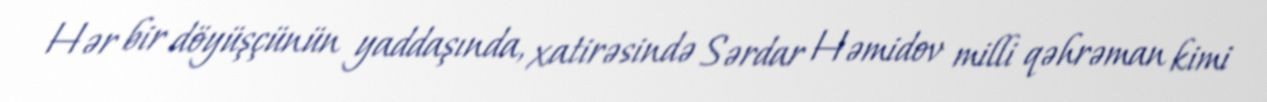
Hər bir döyüşçünün yaddaşında, xatirəsində Sərdar Həmidov milli qəhrəman kimi